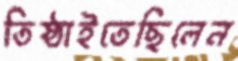
তিষ্ঠাইতেছিলেন